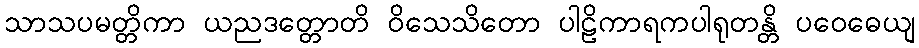
သာသပမတ္တိကာ ယညဒတ္တောတိ ဝိသေသိတော ပါဠိကာရကပါရုတန္တိ ပဝေဓေယျ